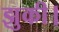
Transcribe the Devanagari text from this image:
झुकी।